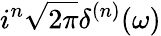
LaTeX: i^{n}{\sqrt{2\pi}}\delta^{(n)}(\omega)